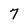
Character: 7